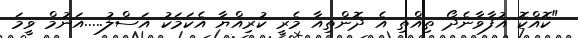
"ކޮއްކޮ އުފާވާނެދޯ ތިއްތި އެ ދޮންތިއާ މެރީ ކުރިއްޔާ އެކަމަކު އަސްލު.....އަނުމް ވީމަ